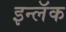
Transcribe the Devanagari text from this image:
इन्लॅक